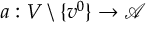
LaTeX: a : V \setminus \{ v ^ { 0 } \} \rightarrow { \mathcal { A } }